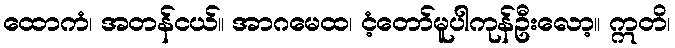
ထောကံ၊ အတန်ငယ်။ အာဂမေထ၊ ငံ့တော်မူပါကုန်ဦးလော့။ ဣတိ၊